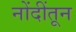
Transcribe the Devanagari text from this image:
नोंदींतून